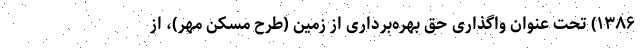
۱۳۸۶) تحت عنوان واگذاری حق بهره‌برداری از زمین (طرح مسکن مهر)، از